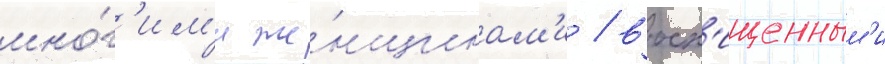
мно́г'им'и же́нщинам'и / восх'ищенным'и